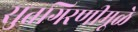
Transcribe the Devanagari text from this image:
सुतगिरणीमूळे